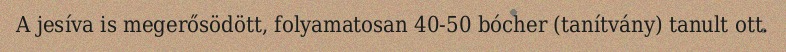
A jesíva is megerősödött, folyamatosan 40-50 bócher (tanítvány) tanult ott.